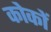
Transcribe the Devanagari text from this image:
कोकों